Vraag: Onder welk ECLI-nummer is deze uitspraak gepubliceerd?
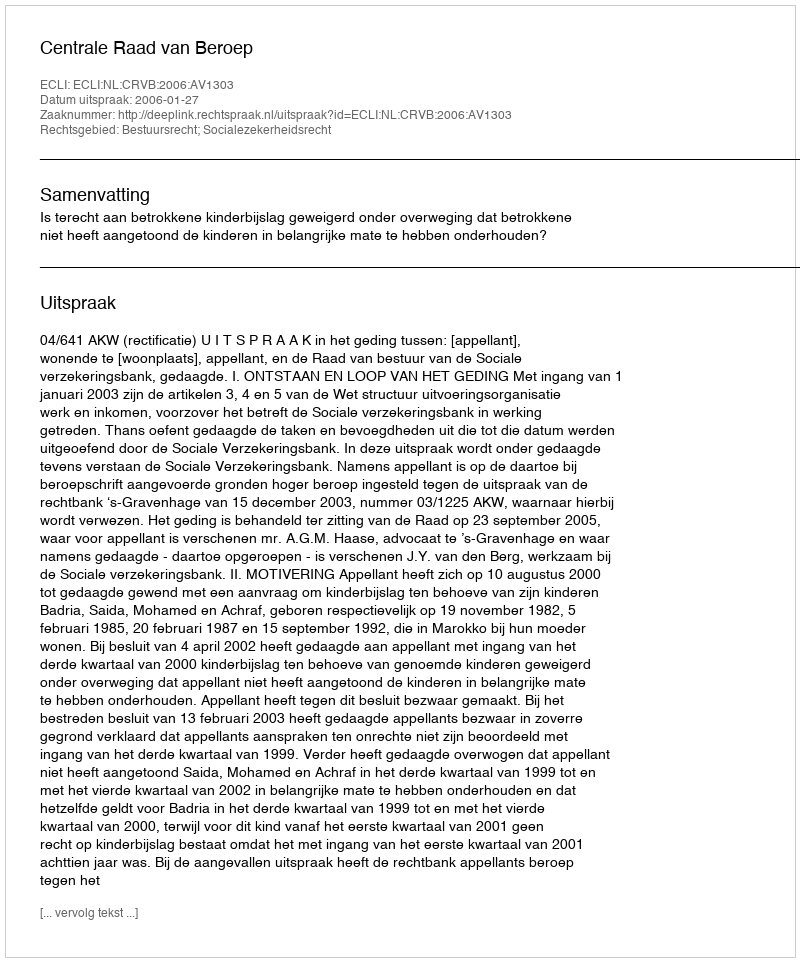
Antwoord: ECLI:NL:CRVB:2006:AV1303